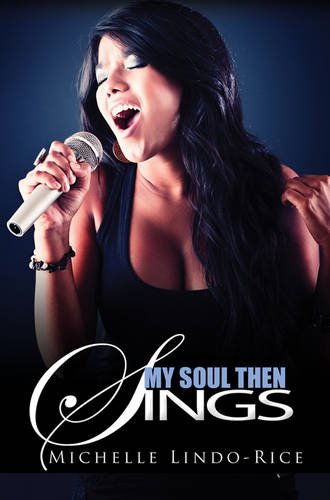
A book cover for My Soul Then Sings (Urban Books); Michelle Lindo-Rice; Literature & Fiction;